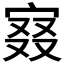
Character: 𡨤